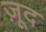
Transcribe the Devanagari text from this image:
ज़ूद